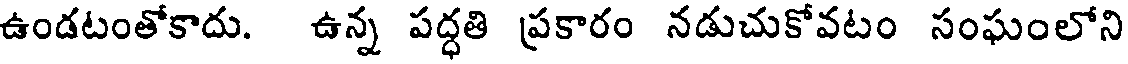
ఉండటంతోకాదు. ఉన్న పద్ధతి ప్రకారం నడుచుకోవటం సంఘంలోని